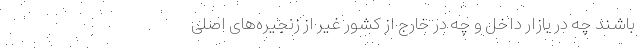
باشند چه در بازار داخل و چه در خارج از کشور غیر از زنجیره‌‌های اصلی